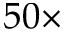
5 0 \times